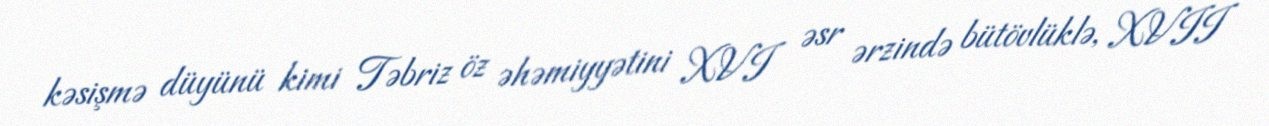
kəsişmə düyünü kimi Təbriz öz əhəmiyyətini XVI əsr ərzində bütövlüklə, XVII